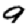
Digit: 9